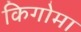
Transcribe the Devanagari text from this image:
किगोमा